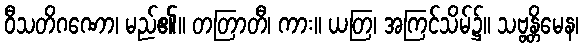
ဝီသတိဂဏော၊ မည်၏။ တတြာတီ၊ ကား။ ယတြ၊ အကြင်သိမ်၌။ သဗ္ဗန္တိမေန၊